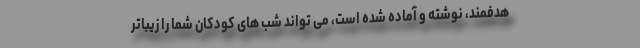
هدفمند، نوشته و آماده شده است، می تواند شب های کودکان شما را زیباتر